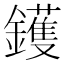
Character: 鑊